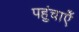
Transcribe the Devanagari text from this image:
पहुंचाऐँ